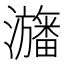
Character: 𤃳